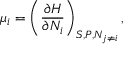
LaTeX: \mu _ { i } = \left( { \frac { \partial H } { \partial N _ { i } } } \right) _ { S , P , N _ { j \neq i } } ,